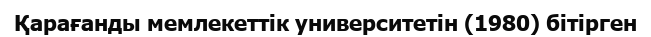
Қарағанды мемлекеттік университетін (1980) бітірген